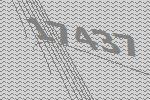
17437